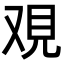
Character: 覌